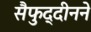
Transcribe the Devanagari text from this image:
सैफुद्दीनने